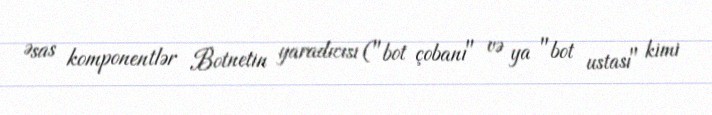
Əsas komponentlər Botnetin yaradıcısı ("bot çobanı" və ya "bot ustası" kimi